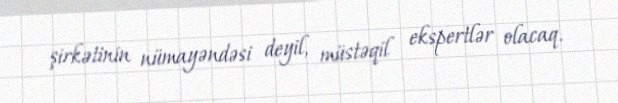
şirkətinin nümayəndəsi deyil, müstəqil ekspertlər olacaq.